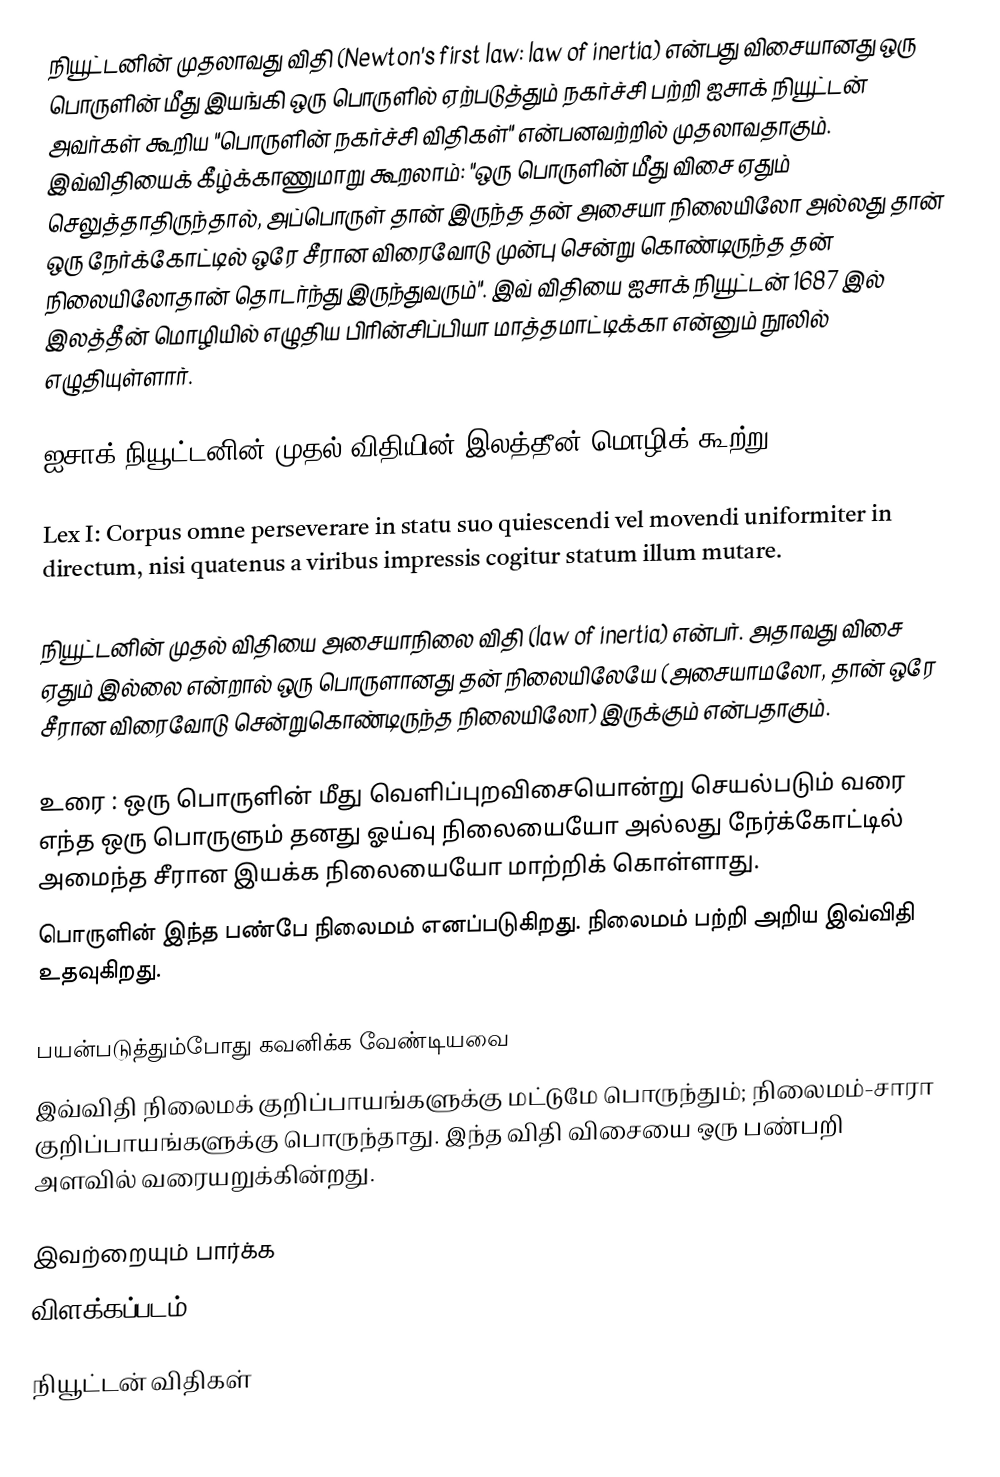
நியூட்டனின் முதலாவது விதி (Newton's first law: law of inertia) என்பது விசையானது ஒரு பொருளின் மீது இயங்கி ஒரு பொருளில் ஏற்படுத்தும் நகர்ச்சி பற்றி ஐசாக் நியூட்டன் அவர்கள் கூறிய "பொருளின் நகர்ச்சி விதிகள்" என்பனவற்றில் முதலாவதாகும். இவ்விதியைக் கீழ்க்காணுமாறு கூறலாம்: "ஒரு பொருளின் மீது விசை ஏதும் செலுத்தாதிருந்தால், அப்பொருள் தான் இருந்த தன் அசையா நிலையிலோ அல்லது தான் ஒரு நேர்க்கோட்டில் ஒரே சீரான விரைவோடு முன்பு சென்று கொண்டிருந்த தன் நிலையிலோதான் தொடர்ந்து இருந்துவரும்". இவ் விதியை ஐசாக் நியூட்டன் 1687 இல் இலத்தீன் மொழியில் எழுதிய பிரின்சிப்பியா மாத்தமாட்டிக்கா என்னும் நூலில் எழுதியுள்ளார்.

ஐசாக் நியூட்டனின் முதல் விதியின் இலத்தீன் மொழிக் கூற்று:

Lex I: Corpus omne perseverare in statu suo quiescendi vel movendi uniformiter in directum, nisi quatenus a viribus impressis cogitur statum illum mutare.

நியூட்டனின் முதல் விதியை அசையாநிலை விதி (law of inertia) என்பர். அதாவது விசை ஏதும் இல்லை என்றால் ஒரு பொருளானது தன் நிலையிலேயே (அசையாமலோ, தான் ஒரே சீரான விரைவோடு சென்றுகொண்டிருந்த நிலையிலோ) இருக்கும் என்பதாகும்.

உரை : ஒரு பொருளின் மீது வெளிப்புறவிசையொன்று செயல்படும் வரை எந்த ஒரு பொருளும் தனது ஓய்வு நிலையையோ அல்லது நேர்க்கோட்டில் அமைந்த சீரான இயக்க நிலையையோ மாற்றிக் கொள்ளாது.
பொருளின் இந்த பண்பே நிலைமம் எனப்படுகிறது. நிலைமம் பற்றி அறிய இவ்விதி உதவுகிறது.

பயன்படுத்தும்போது கவனிக்க வேண்டியவை
இவ்விதி நிலைமக் குறிப்பாயங்களுக்கு மட்டுமே பொருந்தும்; நிலைமம்-சாரா குறிப்பாயங்களுக்கு பொருந்தாது. இந்த விதி விசையை ஒரு பண்பறி அளவில் வரையறுக்கின்றது.

இவற்றையும் பார்க்க
 விளக்கப்படம்

நியூட்டன் விதிகள்